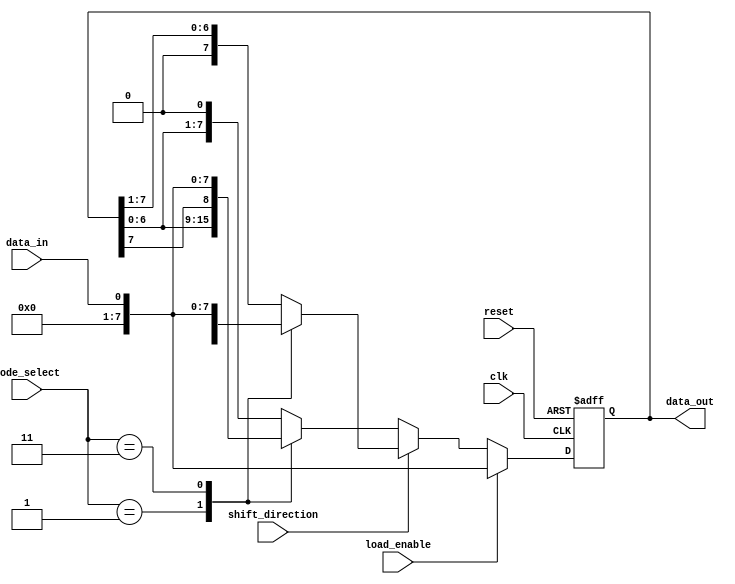
module UniversalShiftRegister (
    input wire clk,
    input wire reset,
    input wire shift_direction,
    input wire data_in,
    input wire [3:0] mode_select,
    input wire load_enable,
    output reg [7:0] data_out
);

reg [7:0] shift_reg;

always @ (posedge clk or posedge reset) begin
    if (reset) begin
        shift_reg <= 8'b0;
    end else begin
        if (load_enable) begin
            shift_reg <= data_in;
        end else begin
            if (shift_direction) begin // shift right
                case (mode_select)
                    4'b0000: shift_reg <= shift_reg >> 1; // serial-in/serial-out
                    4'b0001: shift_reg <= {shift_reg[0], shift_reg[7:1]}; // serial-in/parallel-out
                    4'b0010: shift_reg <= shift_reg >> 1; // parallel-in/serial-out
                    4'b0011: shift_reg <= data_in; // parallel-in/parallel-out
                    default: shift_reg <= shift_reg >> 1;
                endcase
            end else begin // shift left
                case (mode_select)
                    4'b0000: shift_reg <= shift_reg << 1; // serial-in/serial-out
                    4'b0001: shift_reg <= {shift_reg[6:0], shift_reg[7]}; // serial-in/parallel-out
                    4'b0010: shift_reg <= shift_reg << 1; // parallel-in/serial-out
                    4'b0011: shift_reg <= data_in; // parallel-in/parallel-out
                    default: shift_reg <= shift_reg << 1;
                endcase
            end
        end
    end
end

assign data_out = shift_reg;

endmodule